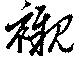
襯